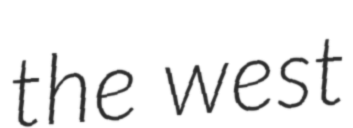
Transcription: the west